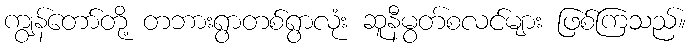
ကျွန်တော်တို့ တဘားရွာတစ်ရွာလုံး ဆူနီမွတ်စလင်များ ဖြစ်ကြသည်။